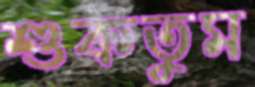
শুকতুম